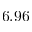
6 . 9 6